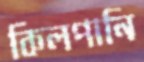
কিলপানি